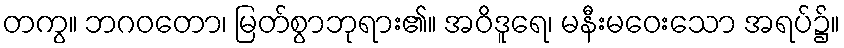
တကွ။ ဘဂဝတော၊ မြတ်စွာဘုရား၏။ အဝိဒူရေ၊ မနီးမဝေးသော အရပ်၌။